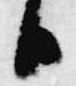
日